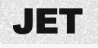
JET